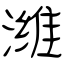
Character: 潍